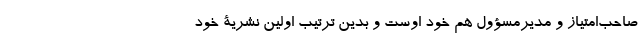
صاحب‌امتیاز و مدیرمسؤول هم خود اوست و بدین ترتیب اولین نشریۀ خودِ